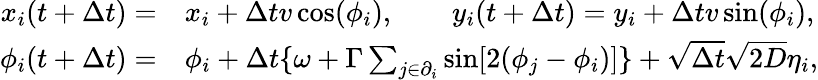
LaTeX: \begin{array}{rl}{x_{i}(t+\Delta t)=}&{{}x_{i}+\Delta tv\cos(\phi_{i}),\qquad y_{i}(t+\Delta t)=y_{i}+\Delta tv\sin(\phi_{i}),}\\ {\phi_{i}(t+\Delta t)=}&{{}\phi_{i}+\Delta t\{ \omega+\Gamma\sum_{j\in\partial_{i}}\sin[2(\phi_{j}-\phi_{i})]\} +\sqrt{\Delta t}\sqrt{2D}\eta_{i},}\end{array}